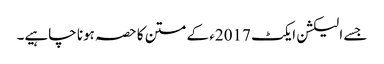
جسے الیکشن ایکٹ 2017ء کے متن کا حصہ ہونا چاہیے۔